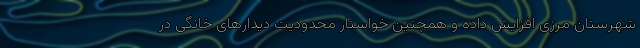
شهرستان مرزی افزایش داده و همچنین خواستار محدودیت دیدارهای خانگی در